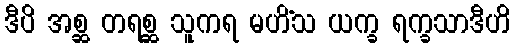
ဒီပိ အစ္ဆ တရစ္ဆ သူကရ မဟိံသ ယက္ခ ရက္ခသာဒီဟိ